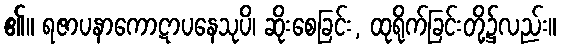
၏။ ရဇာပနာကောဋာပနေသုပိ၊ ဆိုးစေခြင်း, ထုရိုက်ခြင်းတို့၌လည်း။